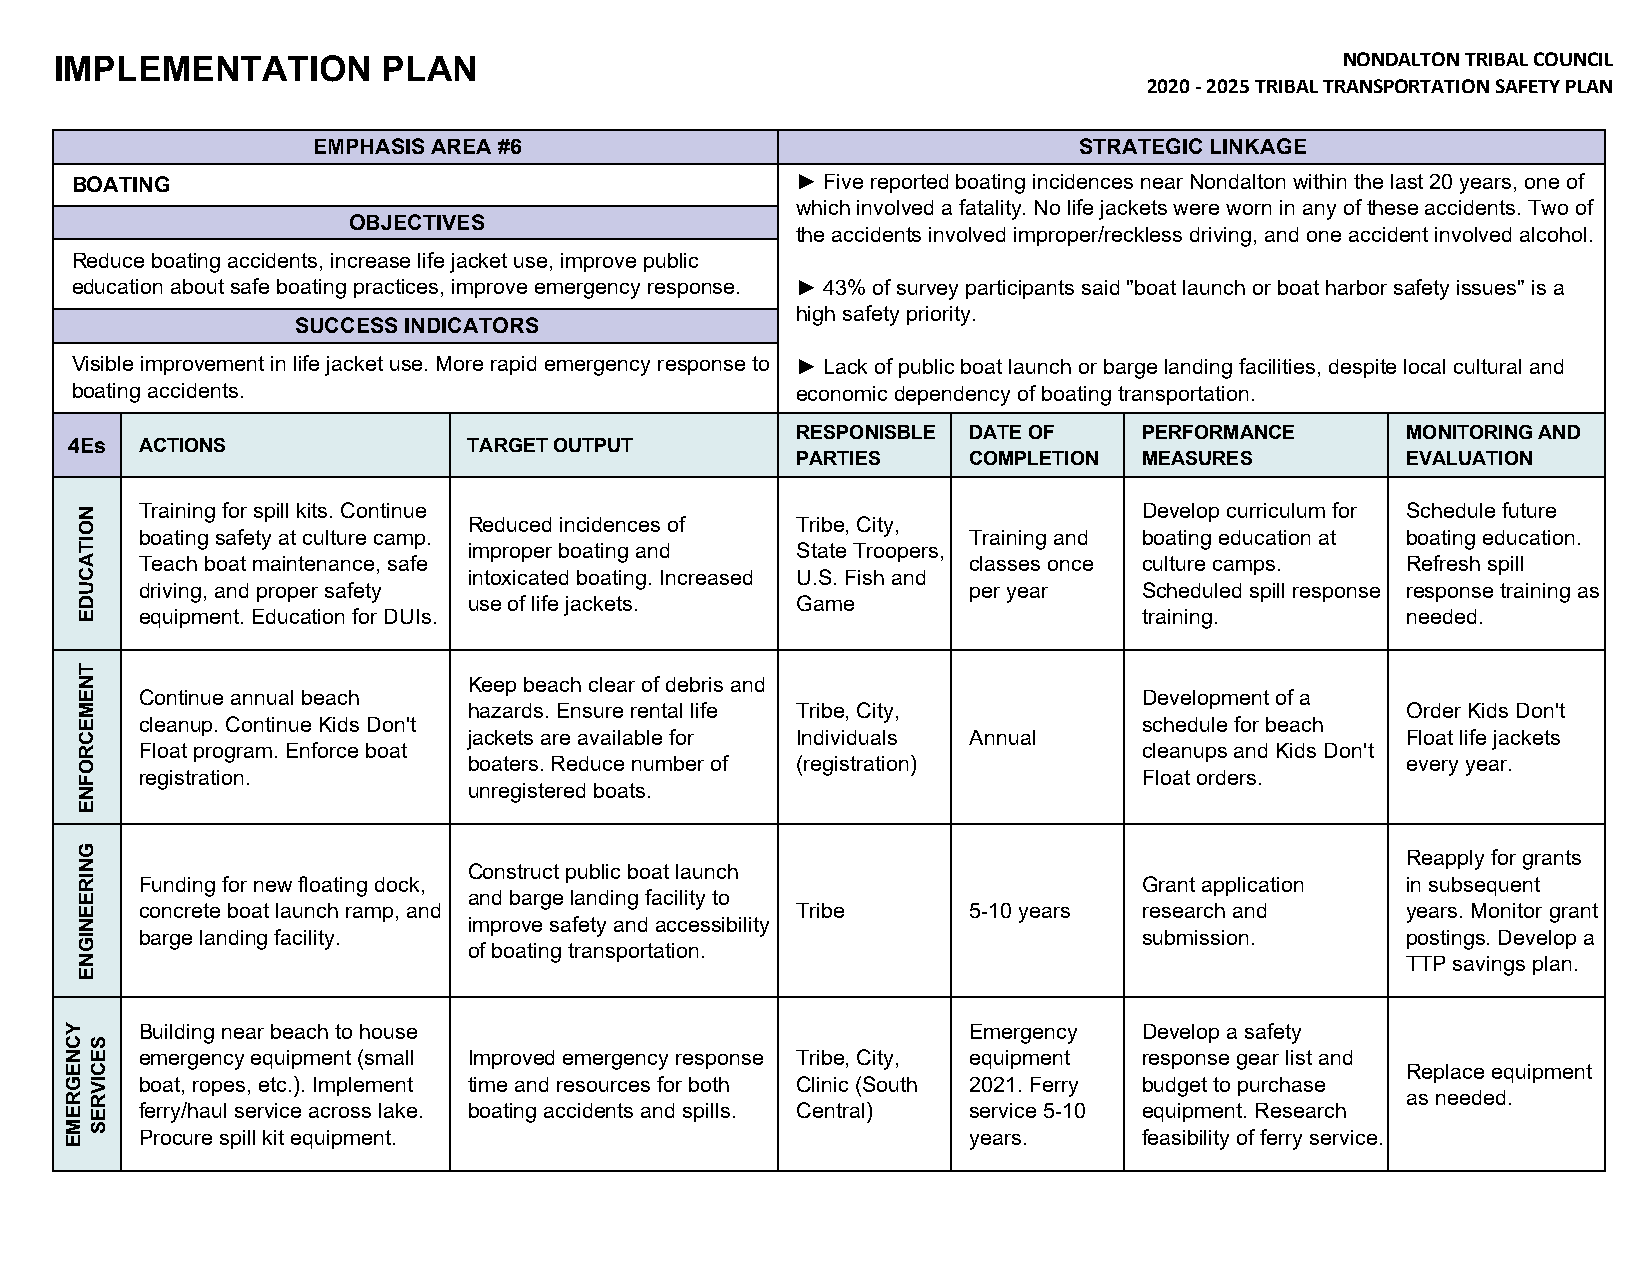
IMPLEMENTATION       PLAN                                                            NONDALTON TRIBAL COUNCIL
 2020 ‐ 2025 TRIBAL TRANSPORTATION SAFETY PLAN
 EMPHASIS AREA #6                                  STRATEGIC LINKAGE
 BOATING                                         ► Five reported boating incidences near Nondalton within the last 20 years, one of
 which involved a fatality. No life jackets were worn in any of these accidents. Two of
 OBJECTIVES
 the accidents involved improper/reckless driving, and one accident involved alcohol.
 Reduce boating accidents, increase life jacket use, improve public
 education about safe boating practices, improve emergency response. ► 43% of survey participants said "boat launch or boat harbor safety issues" is a
 high safety priority.
 SUCCESS INDICATORS
 Visible improvement in life jacket use. More rapid emergency response to ► Lack of public boat launch or barge landing facilities, despite local cultural and
 boating accidents.                              economic dependency of boating transportation.
 RESPONISBLE DATE OF    PERFORMANCE      MONITORING AND
 4Es ACTIONS               TARGET OUTPUT
 PARTIES    COMPLETION  MEASURES         EVALUATION
 Training for spill kits. Continue                                  Develop curriculum for Schedule future
 Reduced incidences of Tribe, City,
 boating safety at culture camp.                        Training and boating education at boating education.
 improper boating and  State Troopers,
 Teach boat maintenance, safe                           classes once culture camps.  Refresh spill
 intoxicated boating. Increased U.S. Fish and
 driving, and proper safety                             per year    Scheduled spill response response training as
 use of life jackets.  Game
 equipment. Education for DUIs.                                     training.        needed.
 Keep beach clear of debris and
 Continue annual beach                                              Development of a
 hazards. Ensure rental life Tribe, City,                      Order Kids Don't
 cleanup. Continue Kids Don't                                       schedule for beach
 jackets are available for Individuals Annual                  Float life jackets
 Float program. Enforce boat                                        cleanups and Kids Don't
 boaters. Reduce number of (registration)                      every year.
 registration.                                                      Float orders.
 unregistered boats.
 Reapply for grants
 Construct public boat launch
 Funding for new floating dock,                                     Grant application in subsequent
 and barge landing facility to
 concrete boat launch ramp, and              Tribe      5-10 years  research and     years. Monitor grant
 improve safety and accessibility
 barge landing facility.                                            submission.      postings. Develop a
 of boating transportation.
 TTP savings plan.
 Building near beach to house                           Emergency   Develop a safety
 emergency equipment (small Improved emergency response Tribe, City, equipment response gear list and
 Replace equipment
 boat, ropes, etc.). Implement time and resources for both Clinic (South 2021. Ferry budget to purchase
 as needed.
 ferry/haul service across lake. boating accidents and spills. Central) service 5-10 equipment. Research
 Procure spill kit equipment.                           years.      feasibility of ferry service.
 YCNEGREME
 NOITACUDE
 TNEMECROFNE
 GNIREENIGNE
 SECIVRES